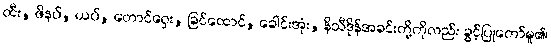
ထီး, ဖိနပ်, ယပ်, တောင်ဝှေး, ခြင်ထောင်, ခေါင်းအုံး, နိသီဒိုန်အခင်းတို့ကိုလည်း ခွင့်ပြုတော်မူ၏၊